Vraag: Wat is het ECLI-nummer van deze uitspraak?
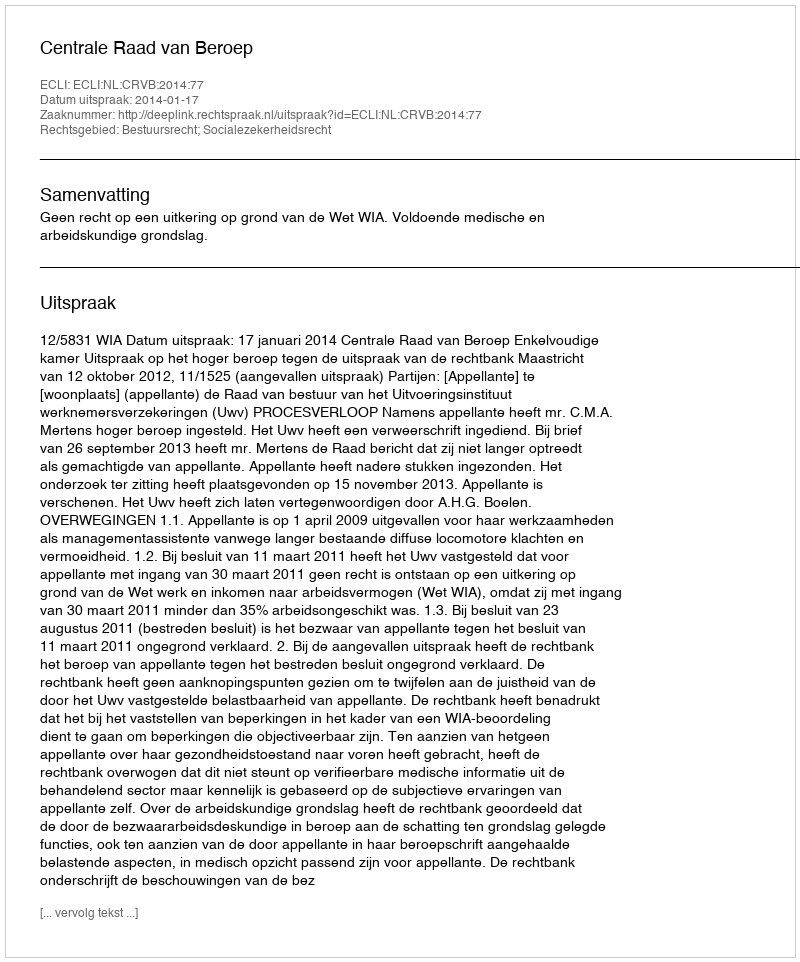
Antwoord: ECLI:NL:CRVB:2014:77